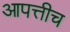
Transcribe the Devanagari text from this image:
आपत्तीच